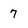
Character: 7